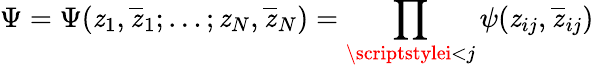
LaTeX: \Psi=\Psi(\mathit{z}_{1},\overline{{{{\mathit{z}}}}}_{1};\ldots;\mathit{z}_{N},\overline{{{{\mathit{z}}}}}_{N})=\prod_{\scriptstylei<j}\psi(\mathit{z}_{ij},\overline{{{{\mathit{z}}}}}_{ij})